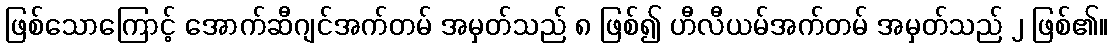
ဖြစ်သောကြောင့် အောက်ဆီဂျင်အက်တမ် အမှတ်သည် ၈ ဖြစ်၍ ဟီလီယမ်အက်တမ် အမှတ်သည် ၂ ဖြစ်၏။